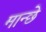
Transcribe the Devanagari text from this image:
मान्छे